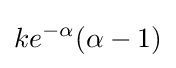
ke^{-\alpha }(\alpha -1)